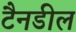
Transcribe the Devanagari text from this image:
टैनडील